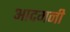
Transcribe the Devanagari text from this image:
आदमनी